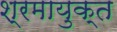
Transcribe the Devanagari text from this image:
श्रमायुक्त